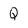
Character: Q